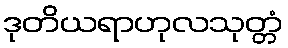
ဒုတိယရာဟုလသုတ္တံ